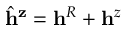
\hat { \mathbf { h } } ^ { \mathbf { z } } = \mathbf { h } ^ { R } + \mathbf { h } ^ { z }